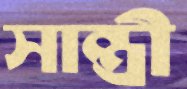
সান্ত্রী